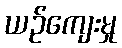
ယဉ်ကျေးမှု